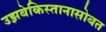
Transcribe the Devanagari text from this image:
उझबेकिस्तानासोबत